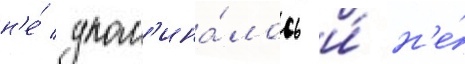
н'е́ упом'ина́лось и́ н'е́